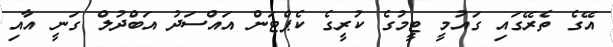
އޭގެ ތެރޭގައި ގައުމީ ޓީމުގެ ކުރީގެ ކެޕްޓަން އައްސަދު އަބްދުލް ގަނީ އާއި